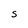
Character: S